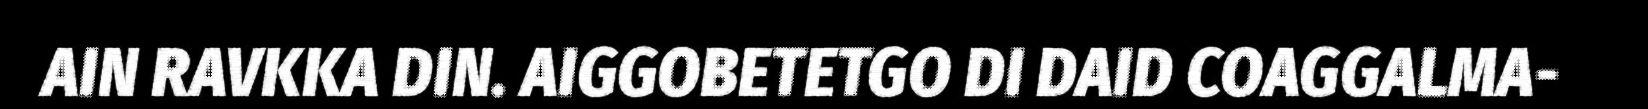
AIN RAVKKA DIN. AIGGOBETETGO DI DAID COAGGALMA-